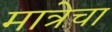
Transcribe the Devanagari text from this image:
मात्रेचा